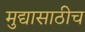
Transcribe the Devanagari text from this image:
मुद्यासाठीच